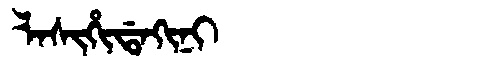
Manchu: ᠯᠠᠰᡳᡥᡳᡩᠠᡴᡳᠨᡳ
Romanization: LASIHIDAKINI